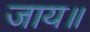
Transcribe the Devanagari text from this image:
जाय॥